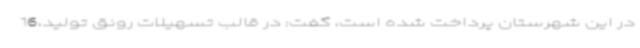
در این شهرستان پرداخت شده است، گفت: در قالب تسهیلات رونق تولید،16